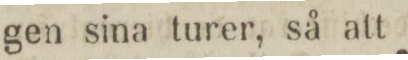
gen sina turer, så att